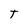
Character: t